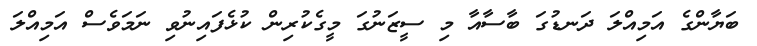
ބަޔާންގެ އަމިއްލަ ދަނޑުގަ ބާސާއާ މި ސީޒަނުގަ މީގެކުރިން ކުޅެފައިނުވި ނަމަވެސް އަމިއްލަ